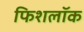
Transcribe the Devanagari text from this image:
फिशलॉक